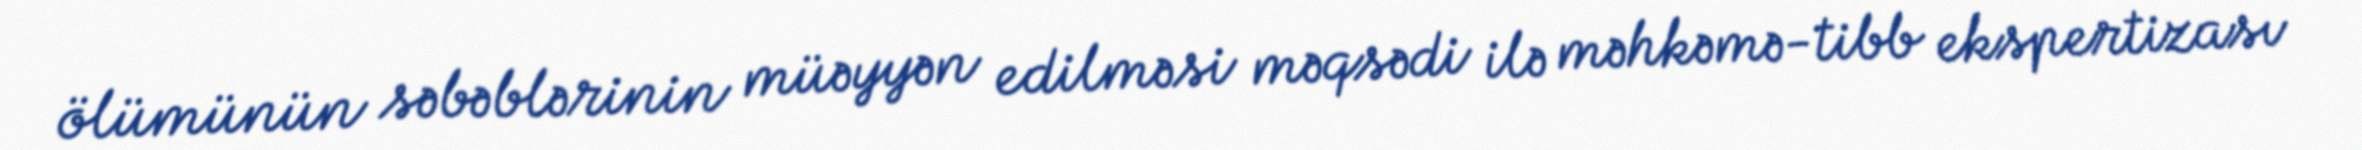
ölümünün səbəblərinin müəyyən edilməsi məqsədi ilə məhkəmə-tibb ekspertizası